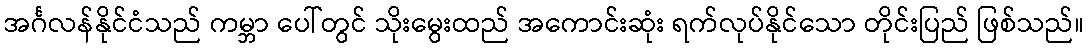
အင်္ဂလန်နိုင်ငံသည် ကမ္ဘာ ပေါ်တွင် သိုးမွေးထည် အကောင်းဆုံး ရက်လုပ်နိုင်သော တိုင်းပြည် ဖြစ်သည်။